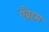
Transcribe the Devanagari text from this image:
ऐब्रैहम